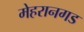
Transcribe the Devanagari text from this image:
मेहरानगड